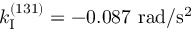
k _ { \mathrm { I } } ^ { ( 1 3 1 ) } = - 0 . 0 8 7 ~ \mathrm { r a d / s ^ { 2 } }